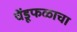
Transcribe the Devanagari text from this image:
चेंडूफळाचा